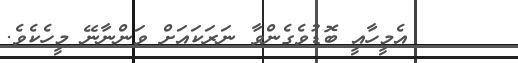
١٢     އެމީހާއީ ބޮޑުވެގެންވާ ނަރަކައަށް ވަންނާނޭ މީހެކެވެ.